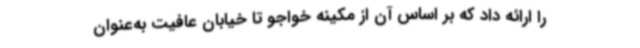
را ارائه داد که بر اساس آن از مکینه خواجو تا خیابان عافیت به‌عنوان